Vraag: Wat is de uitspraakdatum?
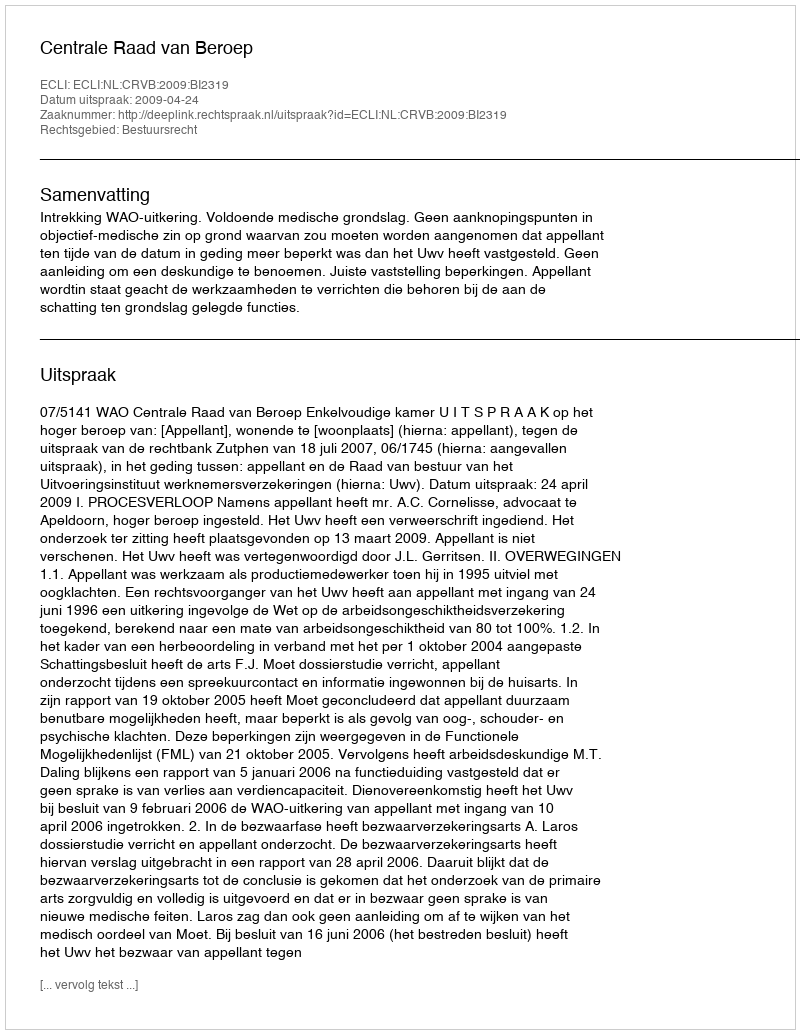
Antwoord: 2009-04-24